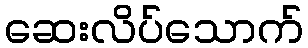
ဆေးလိပ်သောက်